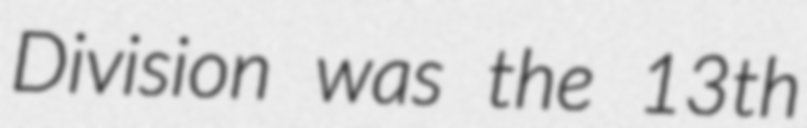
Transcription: Division was the 13th